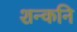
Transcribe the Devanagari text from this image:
शन्कनि